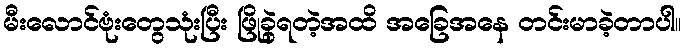
မီးလောင်ဗုံးတွေသုံးပြီး ဖြိုခွဲရတဲ့အထိ အခြေအနေ တင်းမာခဲ့တာပါ။